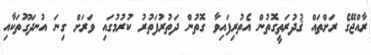
ރާއްޖޭގެ ރަށްތައް ޤުދުރަތީގޮތުން އެތުރިފައިވާ ގޮތުން ދަތުރުފަތުރު ކުރުމުގައި ވަރަށް ގިނަ އުނދަގޫތަކާއި